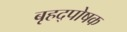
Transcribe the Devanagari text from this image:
बृहद्पोषक